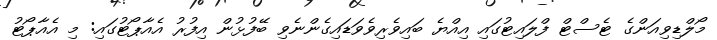
މޯލްޑިވިއަންގެ ޓެސްޓް ފްލައިޓުގައި އިއްޔެ ބައިވެރިވެވަޑައިގެންނެވި ބޭފުޅުން އިފުރު އެއާޕޯޓުގައި: މި އެއާޕޯޓު